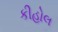
કીહોલ